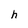
Character: h